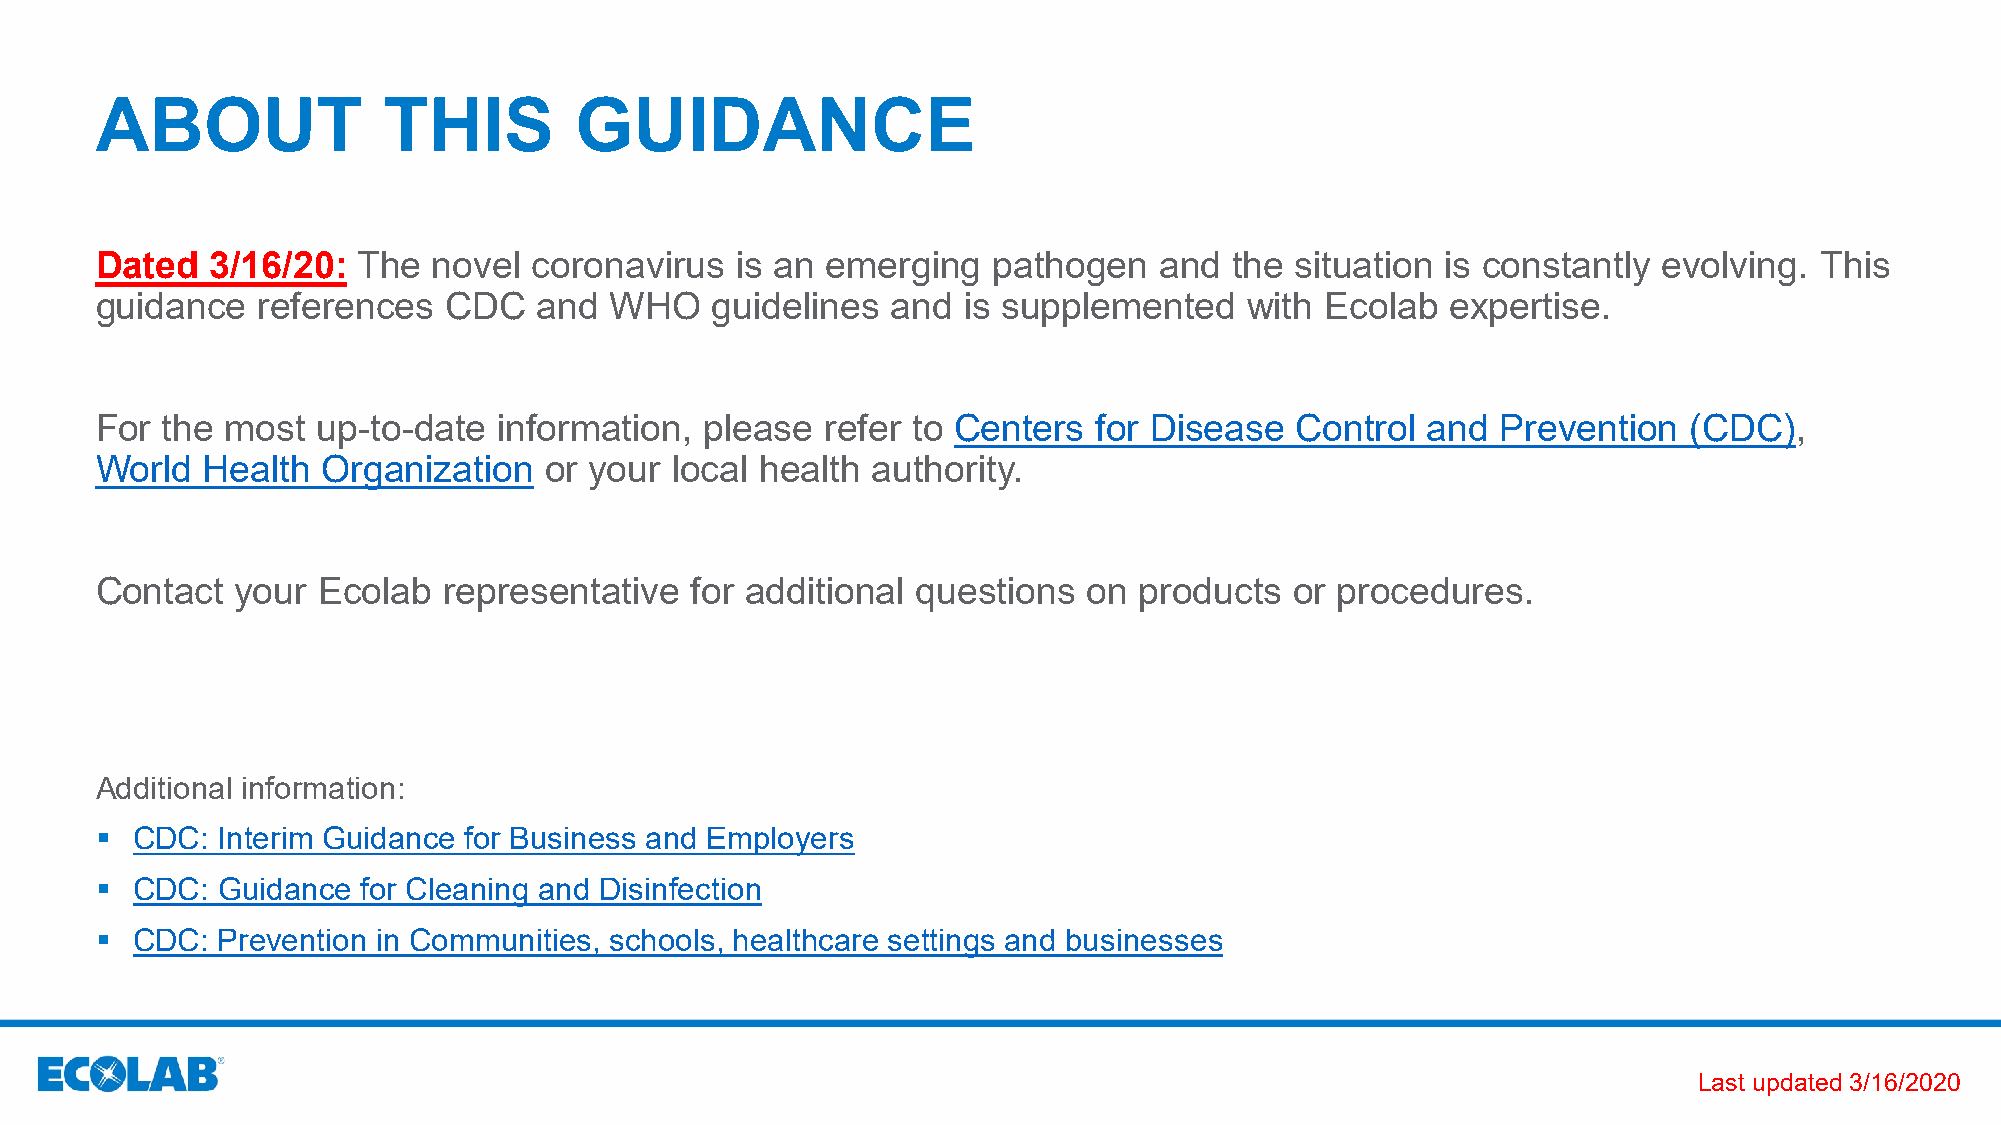
ABOUT              THIS         GUIDANCE
 Dated   3/16/20:  The  novel coronavirus   is an emerging   pathogen   and  the situation is constantly evolving. This
 guidance   references  CDC    and WHO    guidelines  and  is supplemented    with Ecolab  expertise.
 For  the most  up-to-date  information,  please  refer to Centers  for Disease  Control and  Prevention   (CDC),
 World  Health  Organization   or your local health  authority.
 Contact   your Ecolab  representative   for additional questions  on products   or procedures.
 Additional information:
   CDC: Interim Guidance for Business and Employers
   CDC: Guidance  for Cleaning and Disinfection
   CDC: Prevention in Communities, schools, healthcare settings and businesses
 Last updated 3/16/2020